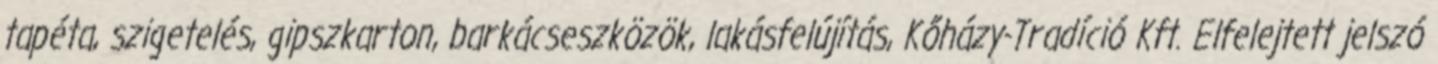
tapéta, szigetelés, gipszkarton, barkácseszközök, lakásfelújítás, Kőházy-Tradíció Kft. Elfelejtett jelszó